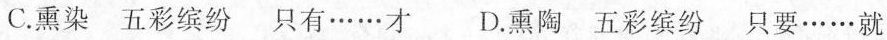
C.熏染 五彩缤纷 只有……才 D.熏陶 五彩缤纷 只要……就